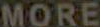
MORE